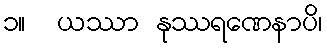
၁။  ယဿာ နုဿရဏေနာပိ၊